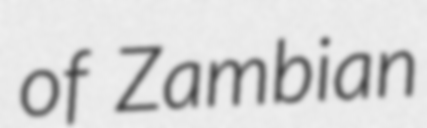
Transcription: of Zambian